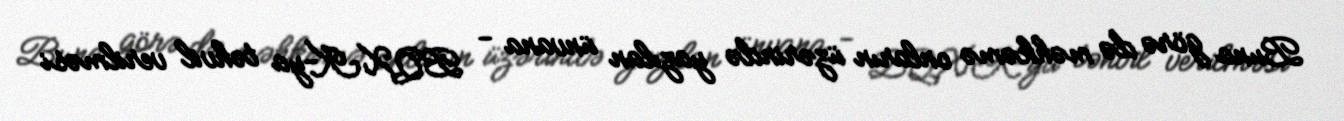
Buna görə də məhkəmə onların üzərində yazılan ünvana - BQXK-ya təhvil verilməsi